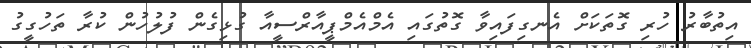
އިތުބާރު ހުރި ގޮތަކަށް އެނގިފައިވާ ގޮތުގައި އެމްއެމްޕީއާރްސީއާ ގުޅިގެން ފުލުހުން ކުރާ ތަހުގީގު